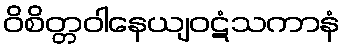
ဝိစိတ္တဝါနေယျဝဋံသကာနံ